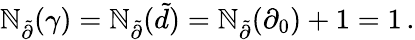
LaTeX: \mathbb{N}_{\tilde{{\partial}}}(\gamma)=\mathbb{N}_{\tilde{{\partial}}}(\tilde{{d}})=\mathbb{N}_{\tilde{{\partial}}}(\partial_{0})+1=1\, .